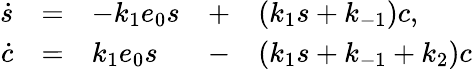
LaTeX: \begin{array}{rclclcl}{\dot{s}}&{=}&{-k_{1}e_{0}s}&{+}&{(k_{1}s+k_{-1})c,}\\ {\dot{c}}&{=}&{k_{1}e_{0}s}&{-}&{(k_{1}s+k_{-1}+k_{2})c}\end{array}